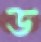
ড